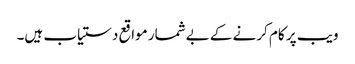
ویب پر کام کرنے کے بےشمار مواقع دستیاب ہیں۔